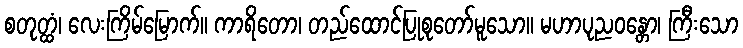
စတုတ္ထံ၊ လေးကြိမ်မြောက်။ ကာရိတော၊ တည်ထောင်ပြုစုတော်မူသော။ မဟာပုညဝန္တော၊ ကြီးသော